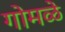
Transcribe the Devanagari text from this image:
गोमळे